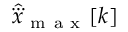
\hat { \dddot { x } } _ { \mathrm { ~ m ~ a ~ x ~ } } [ k ]